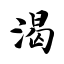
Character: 渴